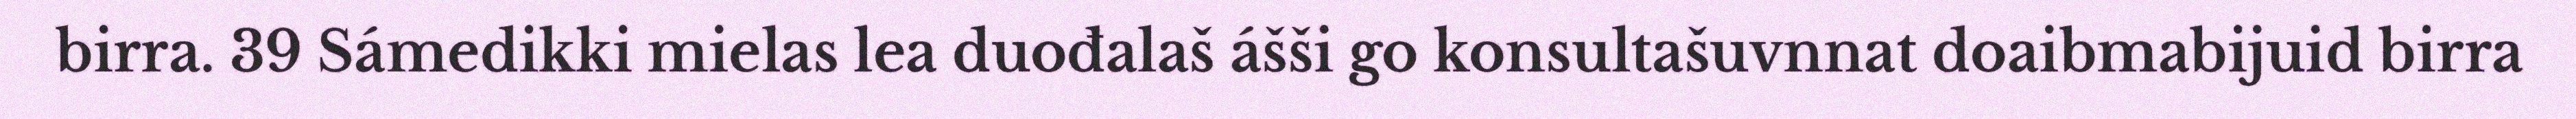
birra. 39 Sámedikki mielas lea duođalaš ášši go konsultašuvnnat doaibmabijuid birra